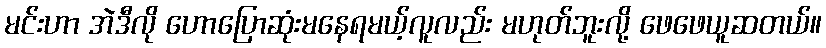
မင်းဟာ အဲဒီလို ဟောပြောဆုံးမနေရမယ့်လူလည်း မဟုတ်ဘူးလို့ ဖေဖေယူဆတယ်။